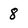
Character: 8